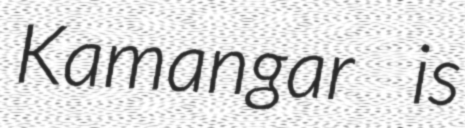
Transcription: Kamangar is